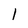
Character: l